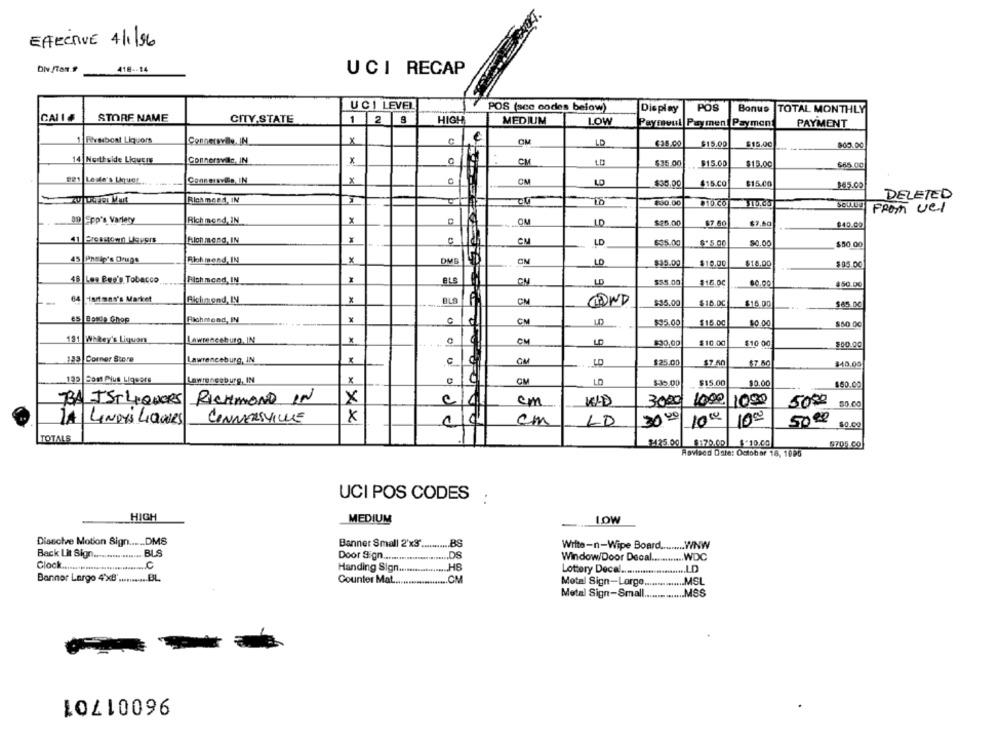
EFECTIVE 4/1/96
418 -- 14
UCI RECAP
UCI LEVEL
POS (scc codes below)
Display
POS
Bonus TOTAL MONTHLY
CALLE
STORF NAME
CITY,STATE
1 2 8
HIGH
MEDIUM
LOW
Payraoul Payment Payment
PAYMENT
Risibest Liquors
Connersvile, IN
X
LD
$35.00
$15.00
$15.00
800.00
14 Northside Liquer
Connersvile, IN
x
СМ
$35.00
$15.00
$15,00
$65. 00
221 Ledie's Uquot
CM
LD
$36.00
$15.CO
$15.00
$85.00
Rich meed, IN
DELETED
$30.00
$10.CO
From vel
an Epp's Variety
Richmond, IN
x
LD
$26.00
$7.50
$40.00
X
41 Pressoan Uapors
hlon mend, IN
C
CM
LD
$$5.00
$.5.00
$0.00
$50.00
45 Pheip's Drugs
Rlohmond, IN
x
ON
LD
$35.00
$10.00
$18.00
$05.00
$6 Les Bee's Tobacco
Richmond, IN
LD
$55.00
$16.00
80.00
150.00
64 Hartman's Market
Richmond, IN
X
CM
$35.00
$18.00
$14.00
$65.00
45 Bonde Ghop
Richmond, IN
X
C
CM
$95.00
$15.00
80.00
$60.00
131 WhRey's Liquors
Lawrenceburg, IN
*
CM
LD
$30,00
$10.00
$10 00
$00.00
183 Corner Store
Lawrenceburg, IN
c
GM
LO
$25.00
$7.50
$7.00
$40.00
135 Som Plus Liquers
Lawrenceburg, IN
x
CM
LO
$35.00
$15.00
$0.00
$50.00
BA IST LIQUORS
RICHMOND IN
X
KLD
1092 1099
10,00
1000
cm
3000
5000
50.00
LA LINDY'S LIQUORS
CONNERSVILLE
cm
LD
3000
1000
10
50.00
$0.00
TOTALS
$125.00
$170.40
$10.00
$705 09
Rovisco Date: October 16, 1095
UCI POS CODES :
HIGH
MEDIUM
LOW
Disecive Motion Sign ..... DMS
Banner Small 2'x3' ...
..... BS
Write-n-Wipe Board ......... WNW
Back Lit Sign ..................
BUS
Door Sign .............!!!!
.DS
WDC
Window/Door Decal ...
Glock .............. ..................
Handing Sign ..
.HS
Lottery Decal ...............
Banner Largo 4'xB' ........... BL.
.OM
Counter Mat.
Metal Sign-Large
.MSL
Metal Sign-Small ..
96001701